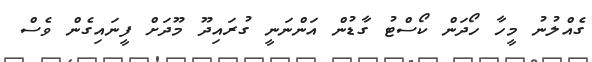
ގެއްލުނު މީހާ ހޯދަން ކޯސްޓު ގާޑުން އަންނަނީ ގުރައިދޫ މޫދަށް ފީނައިގެން ވެސް